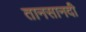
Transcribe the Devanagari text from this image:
तानसानदी